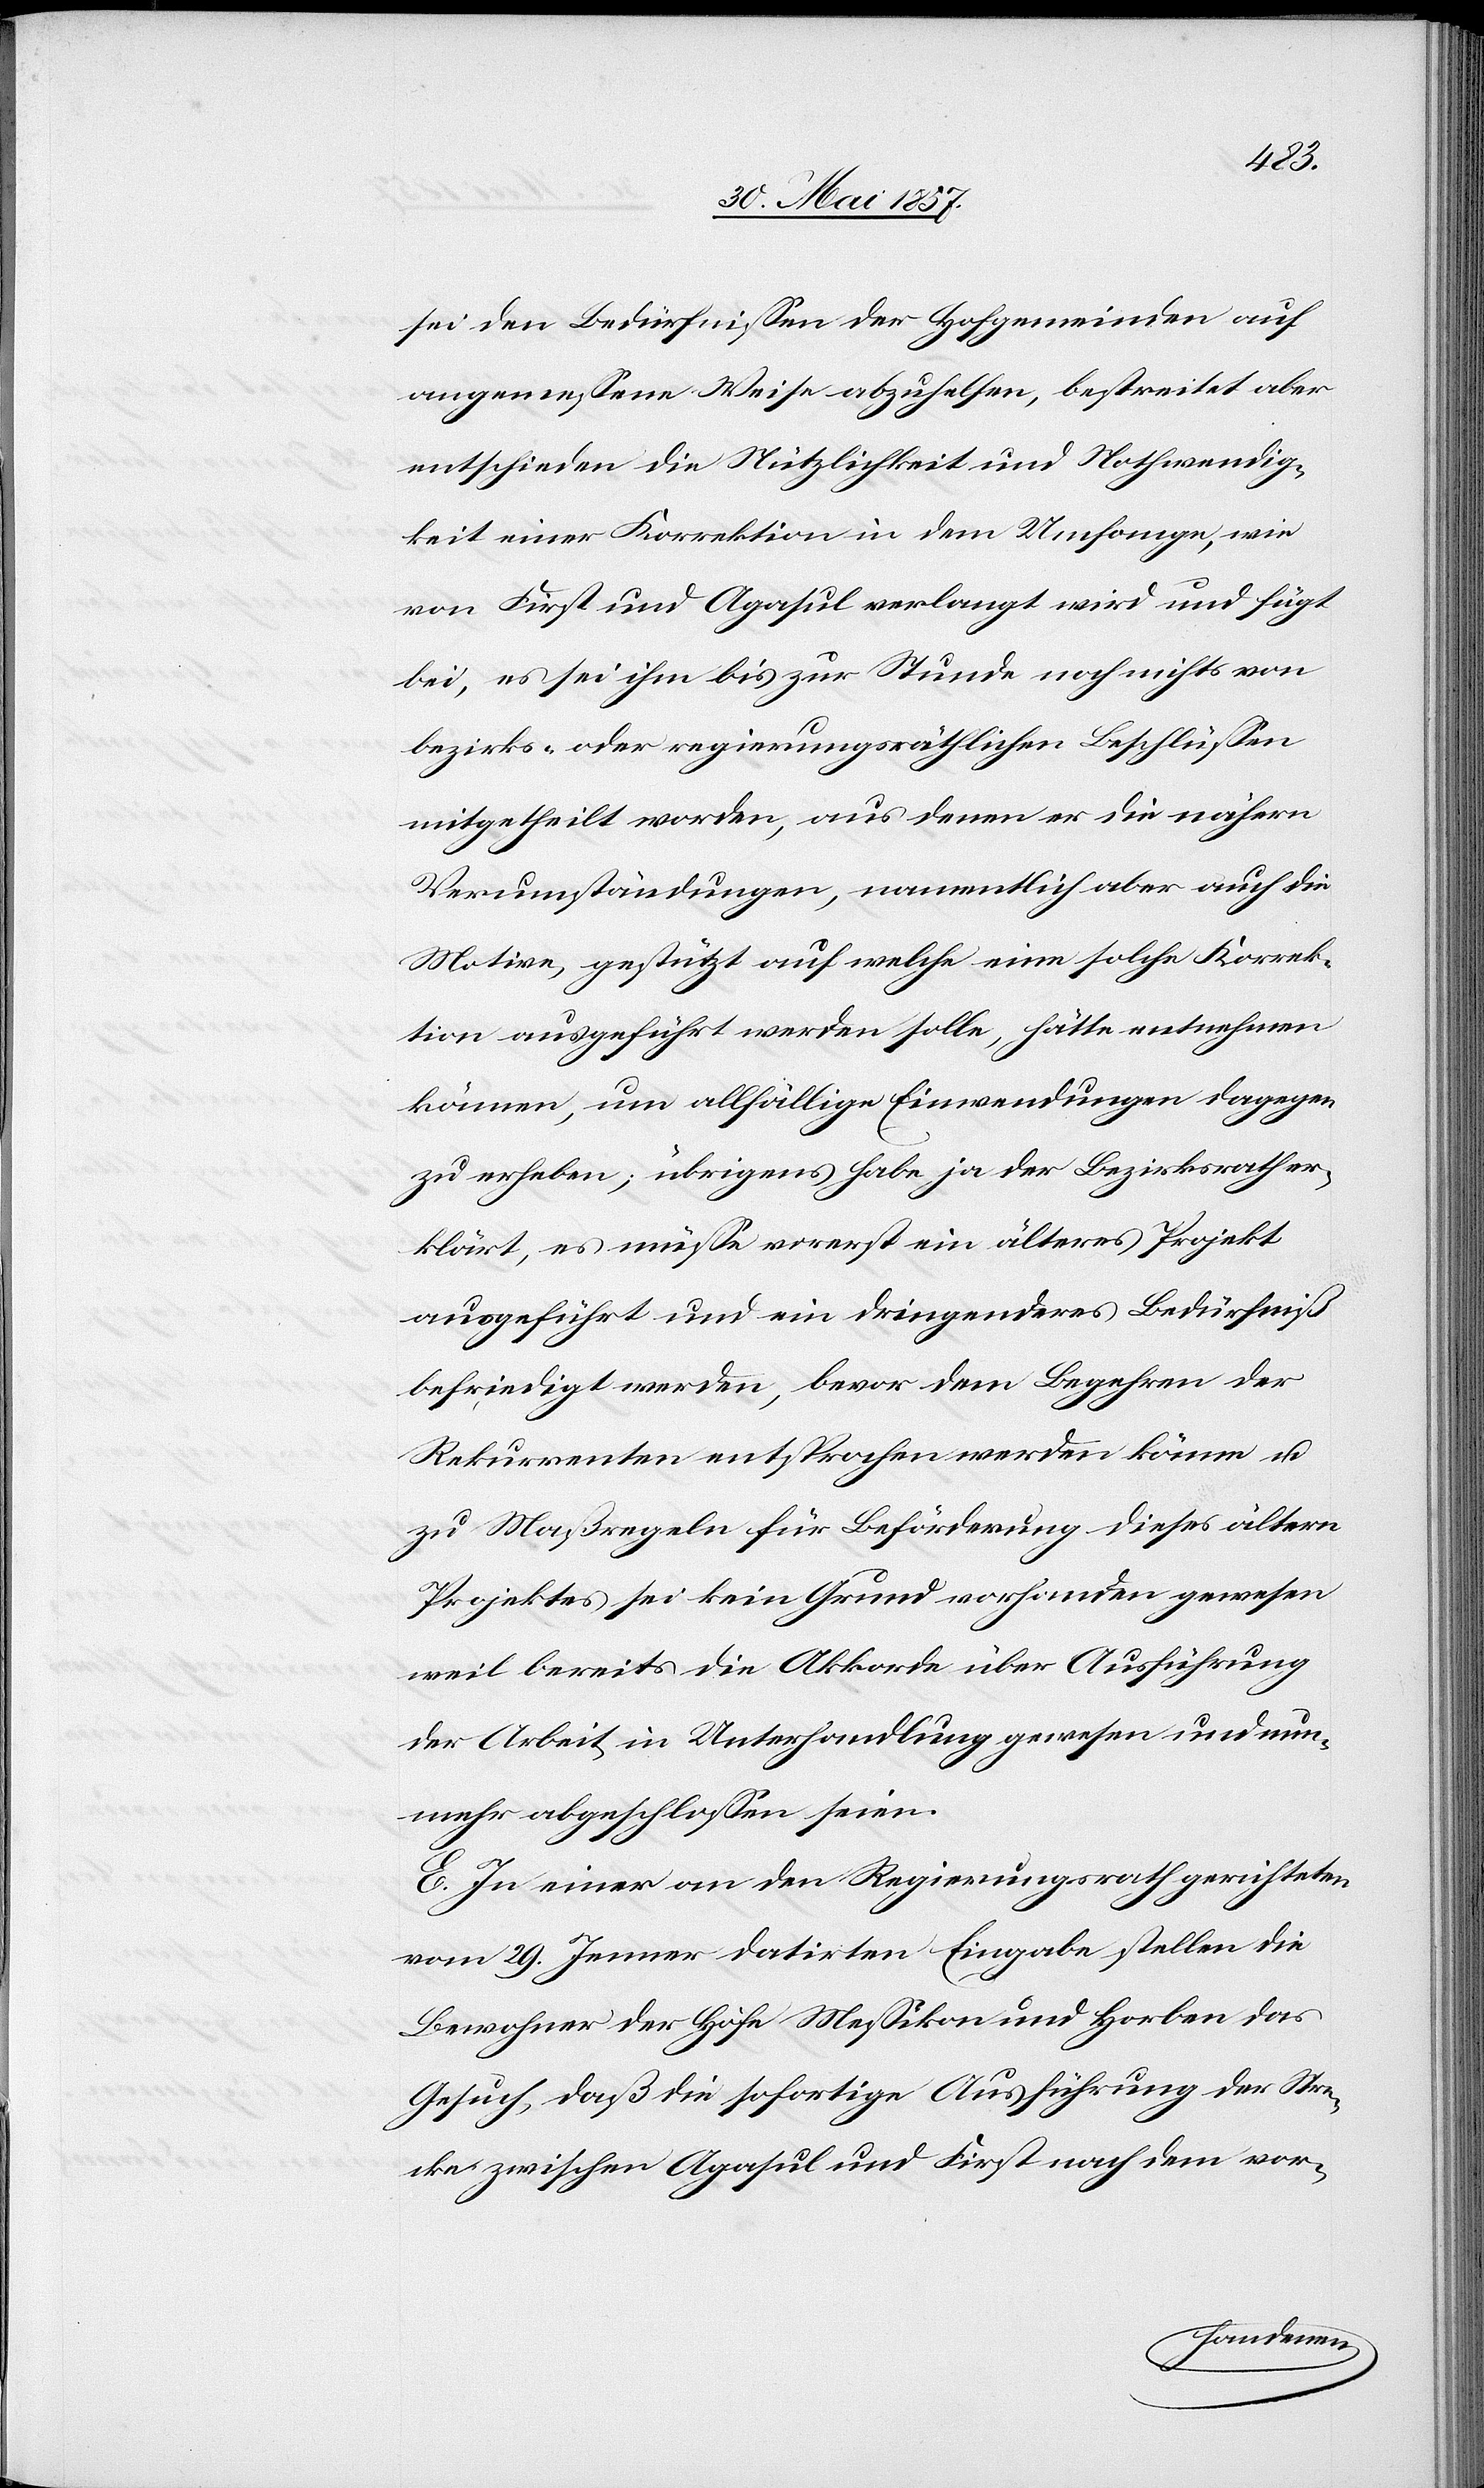
sei den Bedürfnissen der Hofgemeinden auf
angemessene Weise abzuhelfen, bestreitet aber
entschieden die Nützlichkeit und Nothwendig¬
keit einer Korrektion in dem Umfange, wie
von First und Agasul verlangt wird und fügt
bei, es sei ihm bis zur Stunde noch nichts von
bezirks- oder regierungsräthlichen Beschlüssen
mitgetheilt worden, aus denen er die nähern
Verumständungen, namentlich aber auch die
Motive, gestützt auf welche eine solche Korrek¬
tion ausgeführt werden solle, hätte entnehmen
können, um allfällige Einwendungen dagegen
zu erheben; übrigens habe ja der Bezirksrath er¬
klärt, es müsse vorerst ein älteres Projekt
befriedigt werden, bevor dem Begehren der
Rekurrenten entsprochen werden könne &
zu Maßregeln für Beförderung dieses ältern
Projektes sei kein Grund vorhanden gewesen
weil bereits die Akkorde über Ausführung
der Arbeit in Unterhandlung gewesen und nun¬
mehr abgeschlossen seien.
E. In einer an den Regierungsrath gerichteten
vom 29 Jenner datirten Eingabe stellen die
Bewohner der Höfe Messikon und Horben das
Gesuch, daß die sofortige Ausführung der Stre¬
cke zwischen Agasul und First nach dem vor-